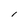
Character: 1